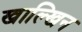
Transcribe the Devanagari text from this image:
खाल्खिन